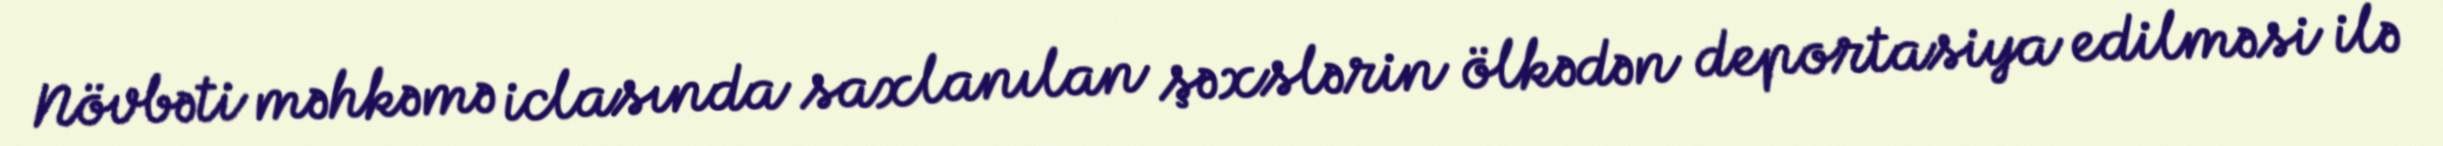
Növbəti məhkəmə iclasında saxlanılan şəxslərin ölkədən deportasiya edilməsi ilə